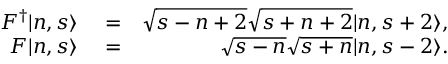
\begin{array} { r l r } { F ^ { \dagger } | n , s \rangle } & { { } = } & { \sqrt { s - n + 2 } \sqrt { s + n + 2 } | n , s + 2 \rangle , } \\ { F | n , s \rangle } & { { } = } & { \sqrt { s - n } \sqrt { s + n } | n , s - 2 \rangle . } \end{array}